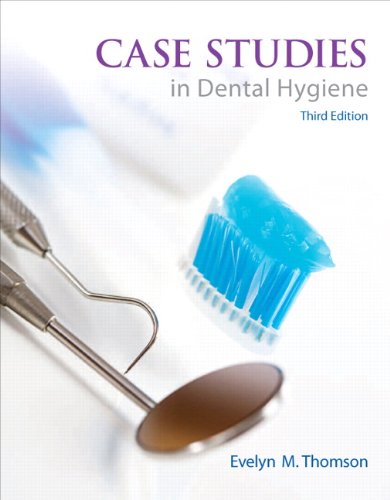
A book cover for Case Studies in Dental Hygiene (3rd Edition); Evelyn Thomson; Medical Books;